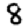
Digit: 8